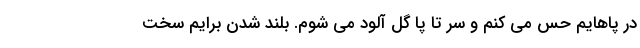
در پاهایم حس می کنم و سر تا پا گل آلود می شوم. بلند شدن برایم سخت